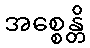
အစ္စေန္တိ